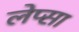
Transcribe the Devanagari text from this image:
लेप्सा